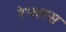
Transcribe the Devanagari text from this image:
रेफ्लस